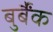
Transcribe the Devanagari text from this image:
बुर्बैंक